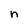
Character: n